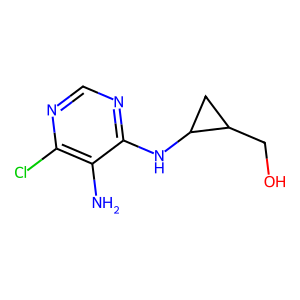
SMILES: Nc1c(Cl)ncnc1NC1CC1CO
Inhibits HIV replication: No